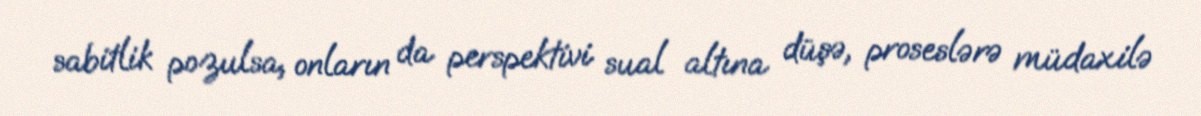
sabitlik pozulsa, onların da perspektivi sual altına düşə, proseslərə müdaxilə